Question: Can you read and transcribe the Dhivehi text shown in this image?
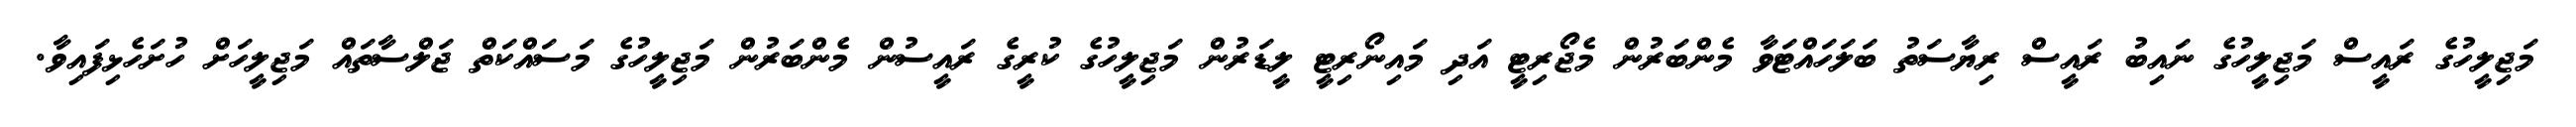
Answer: މަޖިލީހުގެ ރައީސް މަޖިލީހުގެ ނައިބު ރައީސް ރިޔާސަތު ބަލަހައްޓަވާ މެންބަރުން މެޖޯރިޓީ އަދި މައިނޯރިޓީ ލީޑަރުން މަޖިލީހުގެ ކުރީގެ ރައީސުން މެންބަރުން މަޖިލީހުގެ މަސައްކަތް ޖަލްސާތައް މަޖިލީހަށް ހުށަހެޅިފައިވާ.